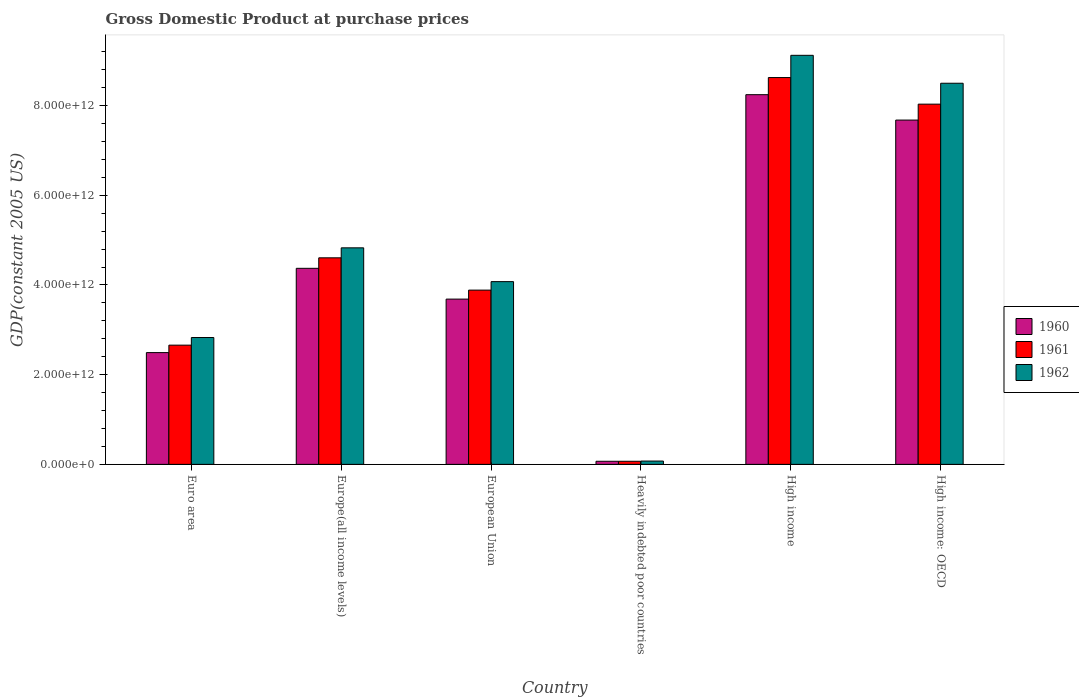
| Country | 1960 | 1961 | 1962 |
 | --- | --- | --- | --- |
 | Euro area | 2.49e+12 | 2.66e+12 | 2.83e+12 |
 | Europe(all income levels) | 4.37e+12 | 4.6e+12 | 4.83e+12 |
 | European Union | 3.68e+12 | 3.88e+12 | 4.07e+12 |
 | Heavily indebted poor countries | 6.9e+10 | 6.91e+10 | 7.41e+10 |
 | High income | 8.24e+12 | 8.62e+12 | 9.12e+12 |
 | High income: OECD | 7.68e+12 | 8.03e+12 | 8.5e+12 |